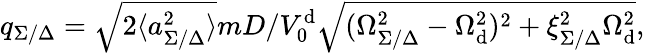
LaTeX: q_{\Sigma/\Delta}=\sqrt{2\langle a_{\Sigma/\Delta}^{2}\rangle}mD/V_{0}^{\mathrm{d}}\sqrt{(\Omega_{\Sigma/\Delta}^{2}-\Omega_{\mathrm{d}}^{2})^{2}+\xi_{\Sigma/\Delta}^{2}\Omega_{\mathrm{d}}^{2}},